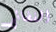
الفضائي